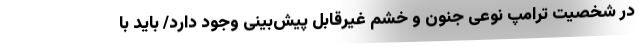
در شخصیت ترامپ نوعی جنون و خشم غیرقابل پیش‌بینی وجود دارد/ باید با